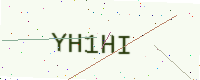
Text: YH1HI